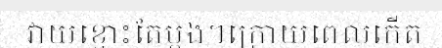
វាយខ្នោះតែម្តង។ក្រោយពេលកើត